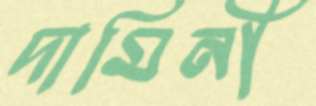
দামিনী